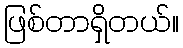
ဖြစ်တာရှိတယ်။